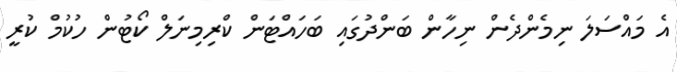
އެ މައްސަލަ ނިމެންދެން ނިހާން ބަންދުގައި ބަހައްޓަން ކްރިމިނަލް ކޯޓުން ހުކުމް ކުރީ